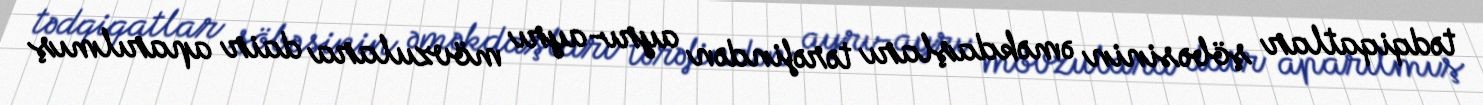
tədqiqatlar şöbəsinin əməkdaşları tərəfindən ayrı-ayrı mövzulara dair aparılmış